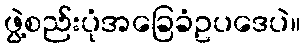
ဖွဲ့စည်းပုံအခြေခံဥပဒေပဲ။